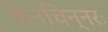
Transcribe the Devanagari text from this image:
केनचिन्नरः